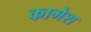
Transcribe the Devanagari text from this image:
कामेश